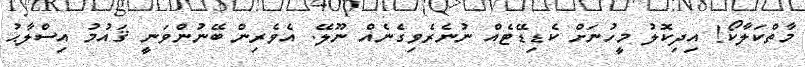
މާތްކަލާކޯ! އިދިކޮލު މީހުނަށް ކެޑިޑޭޓެއް ނުނެރެވިގެނެއް ނޫލޭ. އެވެރިން ބޭނުންވަނީ ޤައުމު އިސްލާޙު